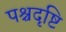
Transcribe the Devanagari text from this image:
पश्चदृष्टि